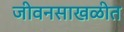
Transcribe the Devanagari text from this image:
जीवनसाखळीत